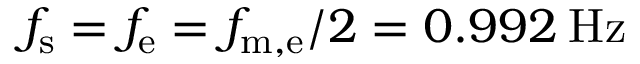
f _ { \mathrm { s } } = f _ { \mathrm { e } } = f _ { \mathrm { m , e } } / 2 = 0 . 9 9 2 \: \mathrm { H z }